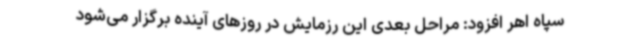
سپاه اهر افزود: مراحل بعدی این رزمایش در روزهای آینده برگزار می‌شود